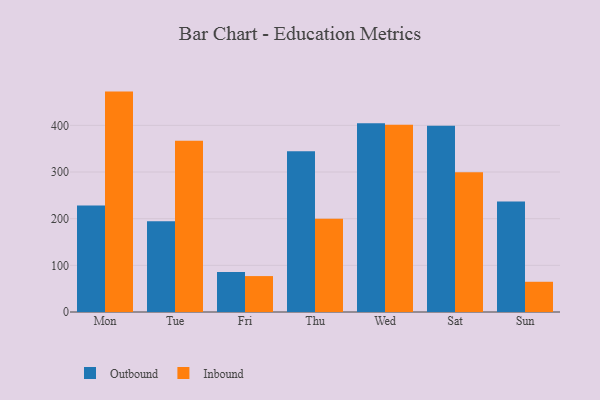
{"axis": {"x": "Day", "y": "Market Share (%)"}, "legend": ["Inbound", "Outbound"], "data": [{"x": "Mon", "y": 228.2, "type": "Outbound"}, {"x": "Mon", "y": 472.4, "type": "Inbound"}, {"x": "Tue", "y": 194.4, "type": "Outbound"}, {"x": "Tue", "y": 367.0, "type": "Inbound"}, {"x": "Fri", "y": 85.6, "type": "Outbound"}, {"x": "Fri", "y": 77.0, "type": "Inbound"}, {"x": "Thu", "y": 344.8, "type": "Outbound"}, {"x": "Thu", "y": 199.7, "type": "Inbound"}, {"x": "Wed", "y": 404.3, "type": "Outbound"}, {"x": "Wed", "y": 401.6, "type": "Inbound"}, {"x": "Sat", "y": 399.3, "type": "Outbound"}, {"x": "Sat", "y": 299.6, "type": "Inbound"}, {"x": "Sun", "y": 236.6, "type": "Outbound"}, {"x": "Sun", "y": 64.8, "type": "Inbound"}]}